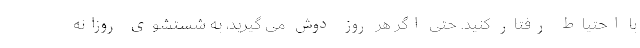
با احتیاط رفتار کنید. حتی اگر هر روز دوش می گیرید، به شستشوی روزانه